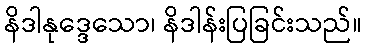
နိဒါနုဒ္ဒေသော၊ နိဒါန်းပြခြင်းသည်။